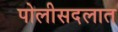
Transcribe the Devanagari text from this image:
पोलीसदलात